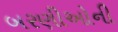
બરણીઓની